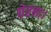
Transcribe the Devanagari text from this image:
घेरना।